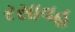
રસાવહ